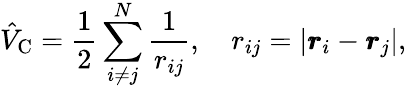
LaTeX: \hat{V}_{\textrm{C}}=\frac{1}{2}\sum_{i\neq j}^{N}\frac{1}{r_{ij}},\quad r_{ij}=|\pmb{r}_{i}-\pmb{r}_{j}|,